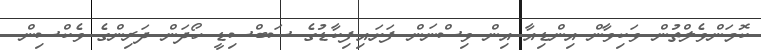
ކޮމަންވެލްތުން ވަކިވާން އިންޑިއާ އިން ވިސްނަން ފަށައިފިކާޑުގެ ސަބްސިޑީ ހޯދަން ދަރިންގެ ވެކްސިން